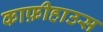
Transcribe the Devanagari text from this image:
काफ़ीहाउस